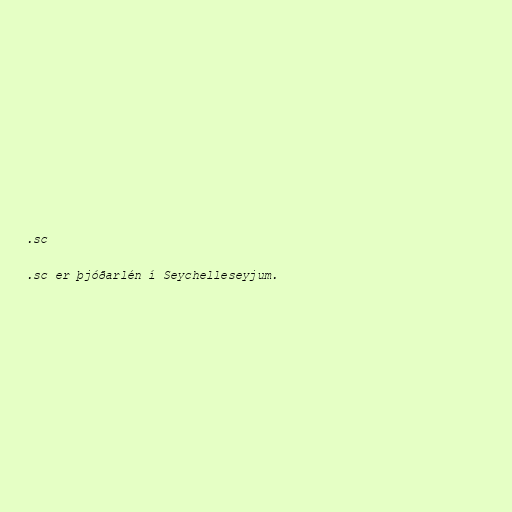
.sc

.sc er þjóðarlén í Seychelleseyjum.